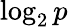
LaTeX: \log_{2}p